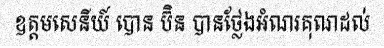
ឧត្តមសេនីយ៍ បោន ប៊ិន បានថ្លែងអំណរគុណដល់